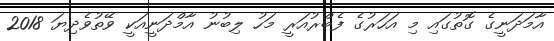
އާމަދަނީގެ ގޮތުގައި މި އަހަރުގެ ފެބްރުއަރީ މަހު ލިބުނު އާމްދަނީއަކީ ވޭތުވެދިޔަ 2018